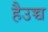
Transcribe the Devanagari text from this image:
हैउच्च